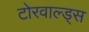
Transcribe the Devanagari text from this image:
टोरवाल्ड्स